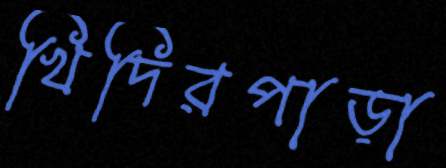
খিদিরপাড়া